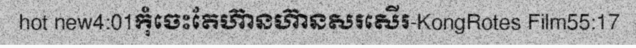
hot new4:01កុំចេះតែហ៊ានហ៊ានសរសើរ-KongRotes Film55:17